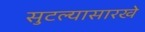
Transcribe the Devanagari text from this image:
सुटल्यासारखे